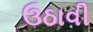
ઉઠાવી